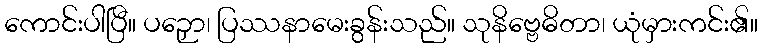
ကောင်းပါပြီ။ ပဉှော၊ ပြဿနာမေးခွန်းသည်။ သုနိဗ္ဗေဓိတာ၊ ယုံမှားကင်း၏။